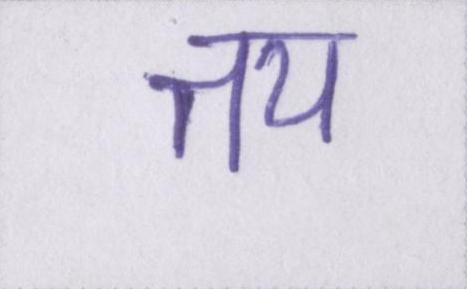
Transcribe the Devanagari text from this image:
तय